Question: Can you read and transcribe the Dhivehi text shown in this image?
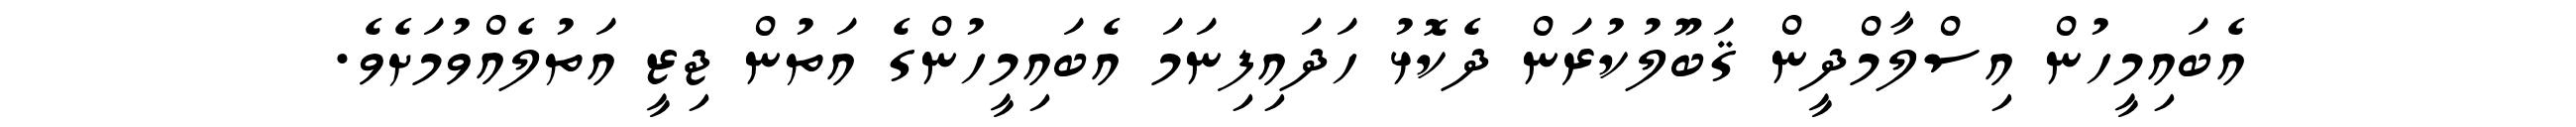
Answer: އެބައިމީހުން އިސްލާމްދީން ޤަބޫލުކުރަން ދެކޮޅު ހަދައިފިނަމަ އެބައިމީހުންގެ އަތުން ޖިޒީ އަތުލެއްވުމަށެވެ.